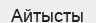
Айтысты